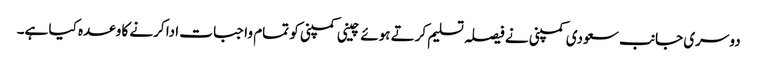
دوسری جانب سعودی کمپنی نے فیصلہ تسلیم کرتے ہوئے چینی کمپنی کو تمام واجبات ادا کرنے کا وعدہ کیا ہے۔